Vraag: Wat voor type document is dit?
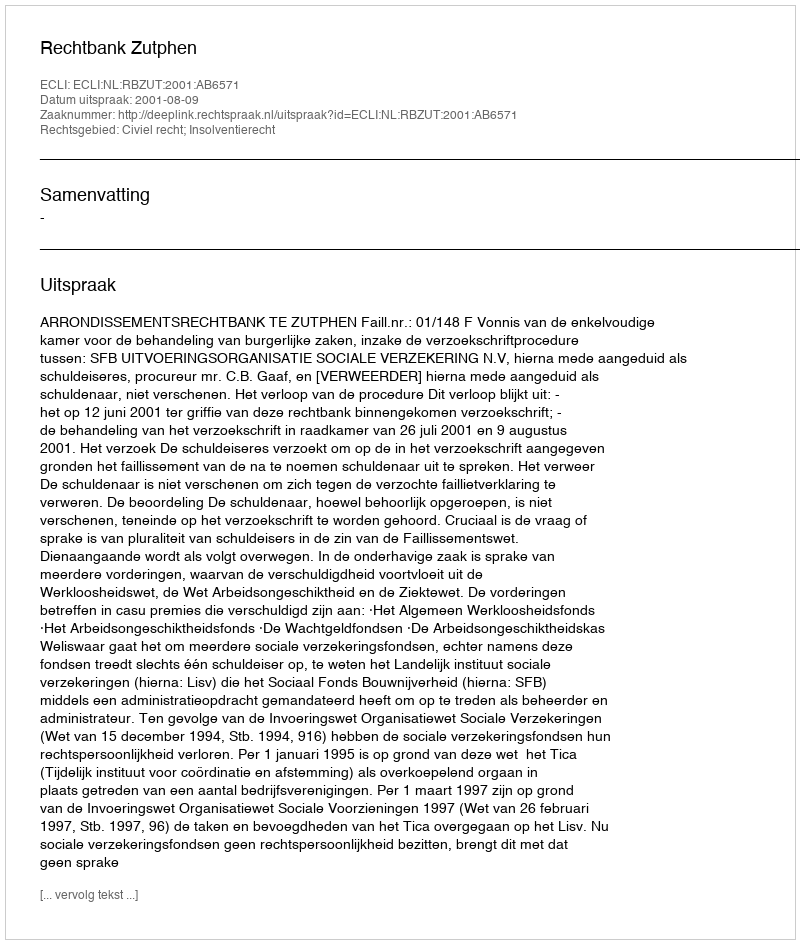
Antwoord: Uitspraak